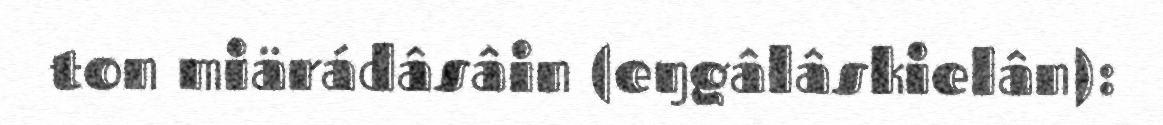
ton miärádâsâin (eŋgâlâskielân):